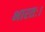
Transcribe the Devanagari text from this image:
भारतः।